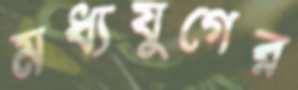
মধ্যযুগের